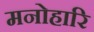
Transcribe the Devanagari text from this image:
मनोहारि